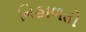
નિહાળતો